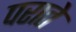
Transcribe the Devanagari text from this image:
पराते